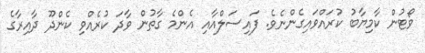
ވޯޓުން ކާމިޔާބު ކުރައްވައިގެންނެވެ. ފައިސަލްއާއި އެންމެ ގާތުން ވާދަ ކުރެއްވި ކެންދޫ ދާއިރާގެ